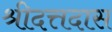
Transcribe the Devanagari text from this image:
श्रीदत्तदास